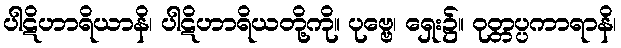
ပါဋိဟာရိယာနိ၊ ပါဋိဟာရိယတို့ကို။ ပုဗ္ဗေ၊ ရှေး၌။ ဝုတ္တပ္ပကာရာနိ၊